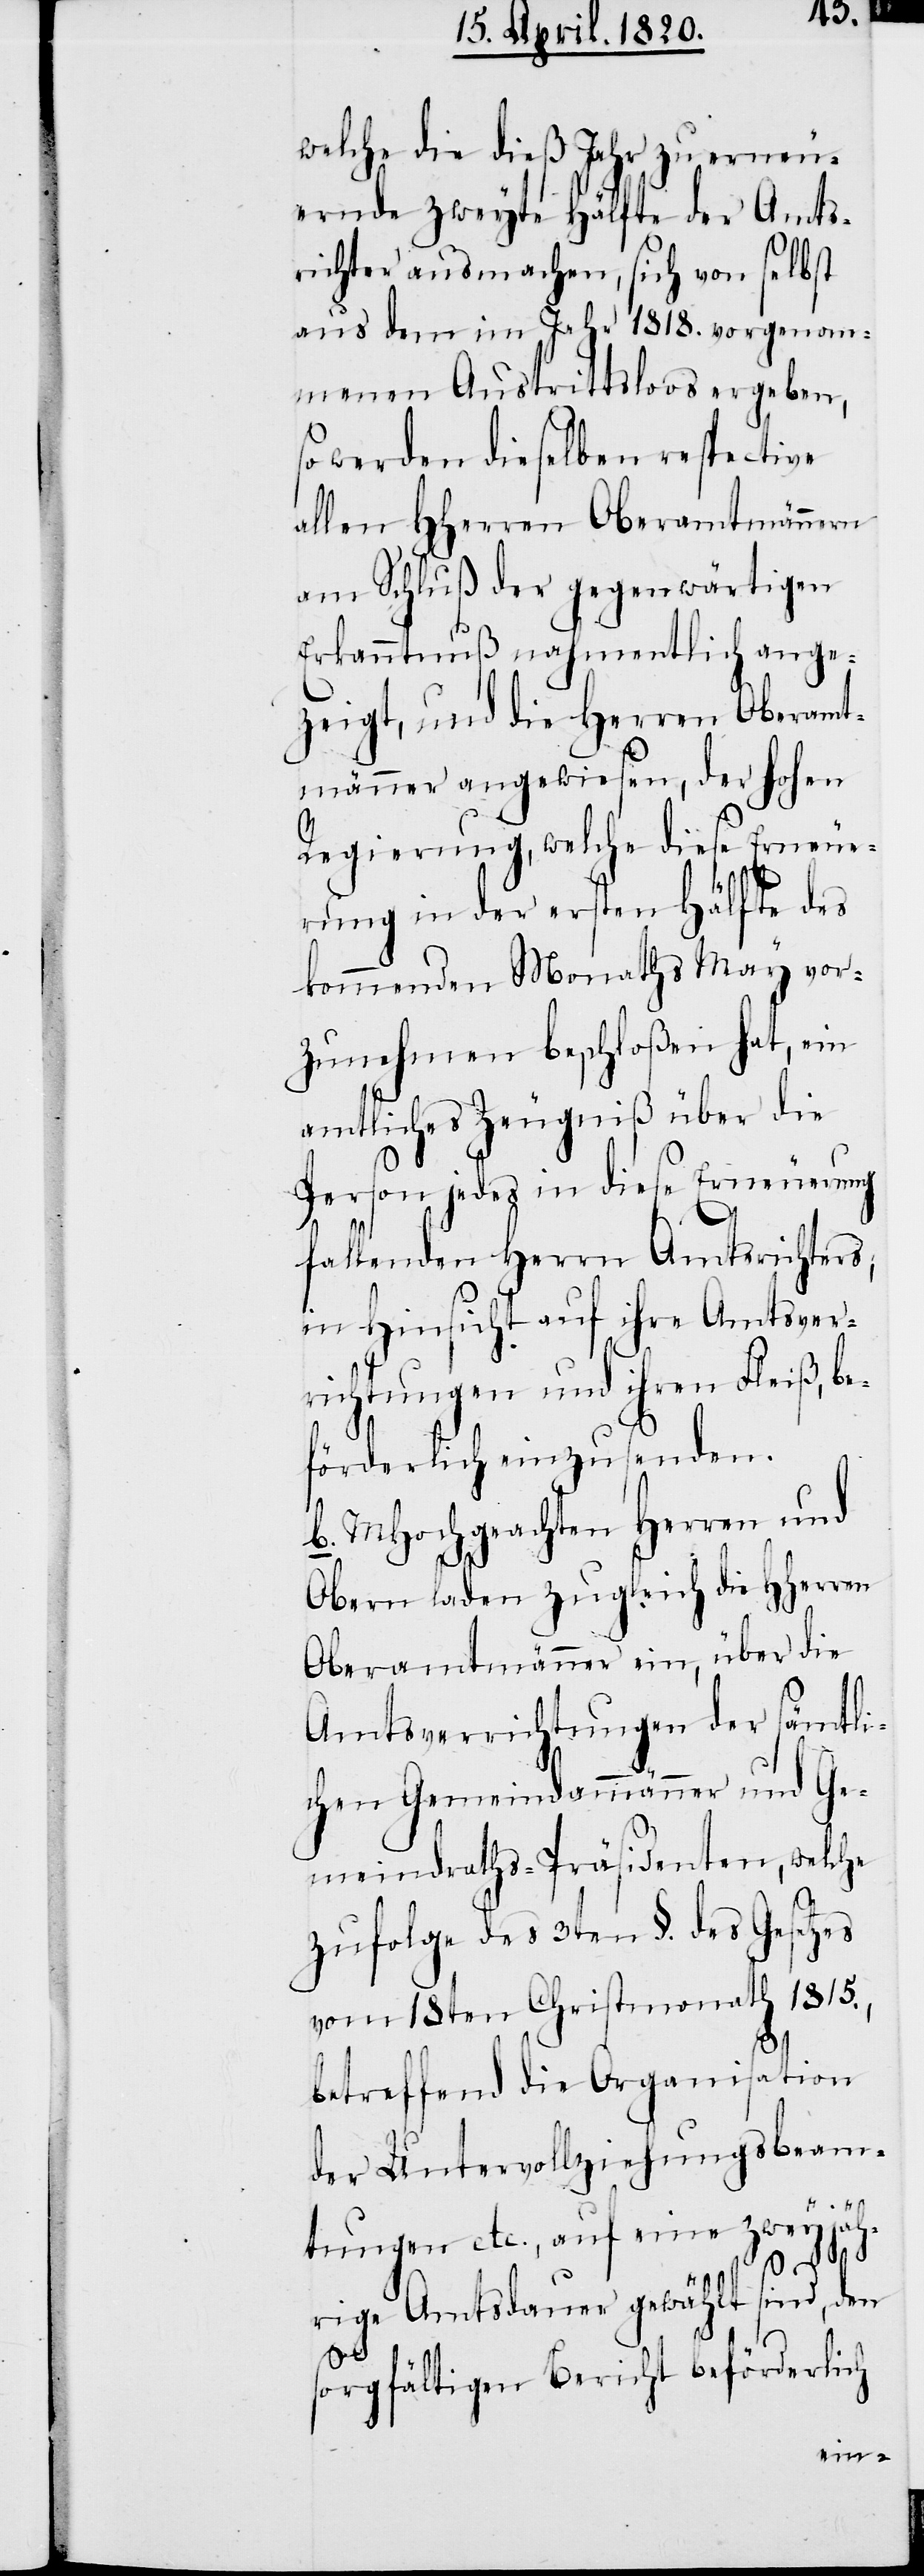
welche die dieβ Jahr zu erneu¬
ernde zweyte Hälfte der Amts¬
richter ausmachen, sich von selbst
aus dem im Jahr 1818. vorgenom¬
menen Austrittsloos ergeben,
so werden dieselben respective
allen HHerren Oberamtmännern
am Schluβ der gegenwärtigen
Erkenntniβ nahmentlich ange¬
zeigt, und die Herren Oberamt¬
männer angewiesen, der Hohen
Regierung, welche diese Erneue¬
rung in der ersten Hälfte des
kommenden Monaths May vor¬
zunehmen beschloβen hat, ein
amtliches Zeugniβ über die
Person jedes in diese Erneuerung
fallenden Herrn Amtsrichters,
in Hinsicht auf ihre Amtsver¬
richtungen und ihren Fleiβ, be¬
hörderlich einzusenden.
b. MHochgeachten Herren und
Obern laden zugleich die HHerren
Oberamtmänner ein, über die
Amtsverrichtungen der sämtli¬
chen Gemeindammänner und Ge¬
meindraths-Präsidenten, welche
zufolge des 3ten §. des Gesetzes
vom 18ten Christmonath 1815.,
betreffend die Organisation
der Untervollziehungsbeam¬
tungen etc., auf eine zweyjäh¬
rige Amtsdauer gewählt sind, den
sorgfältigen Bericht behörderlich